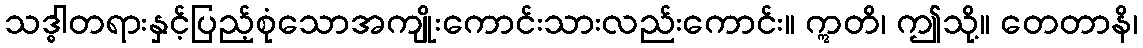
သဒ္ဓါတရားနှင့်ပြည့်စုံသောအကျိုးကောင်းသားလည်းကောင်း။ ဣတိ၊ ဤသို့။ တေတာနိ၊